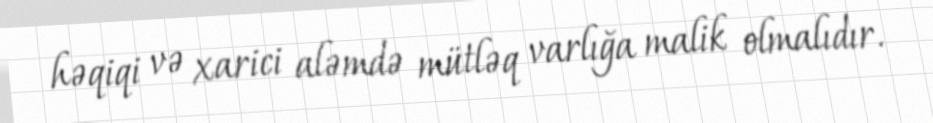
həqiqi və xarici aləmdə mütləq varlığa malik olmalıdır.